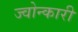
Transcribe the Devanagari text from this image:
ज्वोन्कारी